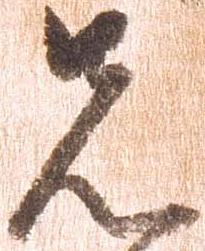
先